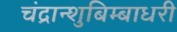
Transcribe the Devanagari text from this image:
चंद्रान्शुबिम्बाधरी